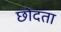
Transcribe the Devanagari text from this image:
छोदता